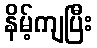
နိမ့်ကျပြီး